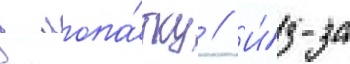
в лопа́тку // И́з-за